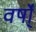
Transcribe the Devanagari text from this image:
वर्षो्ं